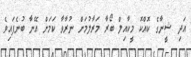
އަދި ޝީނާގެ ކޮއްކޮ މީކާއިލް ބޯރާ މަރާލުމަށް ނުރާވާ ކަމަށް އޭނާ ބުނެފައިވެ